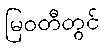
မြဝတီတွင်